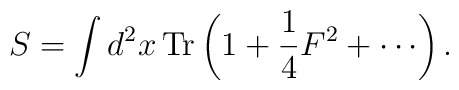
S=\int d^{2}x\,\mathrm{Tr}\left( 1+\frac{1}{4}F^{2}+\cdots \right) .